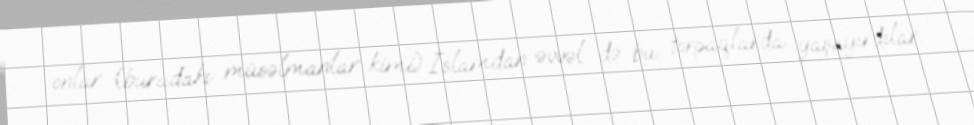
onlar (buradakı müsəlmanlar kimi) İslamdan əvvəl də bu torpaqlarda yaşayırdılar.